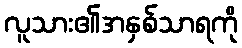
လူသား၏အနှစ်သာရကို